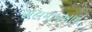
સલમાનખાન